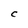
Character: C